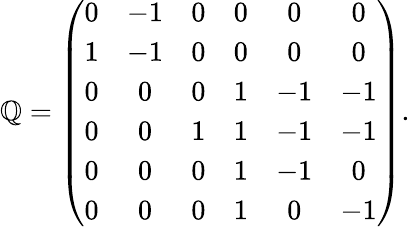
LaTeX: \mathbb{Q}=\left(\begin{array}{ccccccr}{{0}}&{{-1}}&{{0}}&{{0}}&{{0}}&{{0}}\\ {{1}}&{{-1}}&{{0}}&{{0}}&{{0}}&{{0}}\\ {{0}}&{{0}}&{{0}}&{{1}}&{{-1}}&{{-1}}\\ {{0}}&{{0}}&{{1}}&{{1}}&{{-1}}&{{-1}}\\ {{0}}&{{0}}&{{0}}&{{1}}&{{-1}}&{{0}}\\ {{0}}&{{0}}&{{0}}&{{1}}&{{0}}&{{-1}}\end{array}\right).